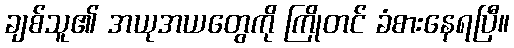
ချစ်သူ၏ အယုအယတွေကို ကြိုတင် ခံစားနေရပြီ။